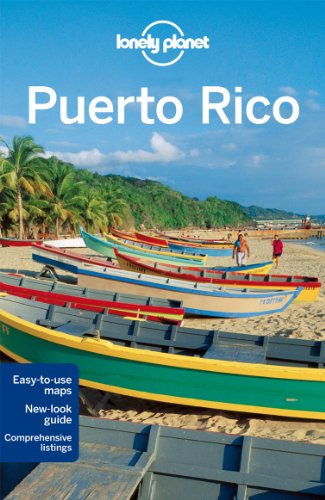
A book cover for Lonely Planet Puerto Rico (Travel Guide); Nate Cavalieri; Travel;